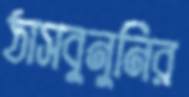
ঠাসবুনুনির